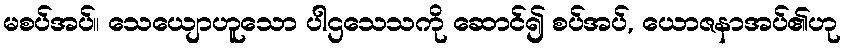
မစပ်အပ်။ သေယျောဟူသော ပါဌသေသကို ဆောင်၍ စပ်အပ်, ယောဇနာအပ်၏ဟု